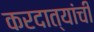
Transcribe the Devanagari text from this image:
करदात्यांची